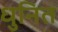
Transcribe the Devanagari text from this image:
धुनित